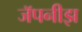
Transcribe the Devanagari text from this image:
जॅपनीझ